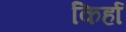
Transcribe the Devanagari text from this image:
किर्हा